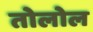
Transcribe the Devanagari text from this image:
तोलोल